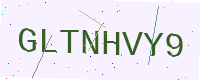
Text: GLTNHVY9